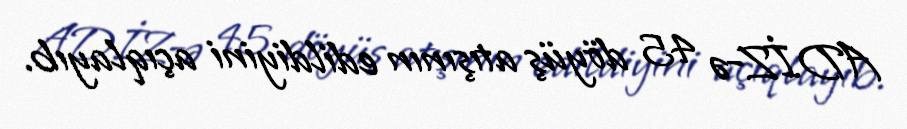
ADİZ-ə 45 döyüş atışının edildiyini açıqlayıb.